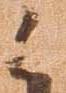
候